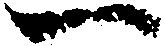
一